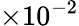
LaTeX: \times 10^{-2}